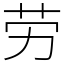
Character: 劳